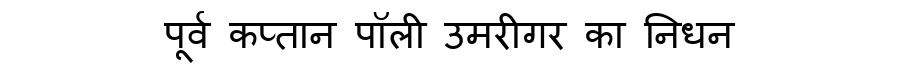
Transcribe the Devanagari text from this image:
पूर्व कप्तान पॉली उमरीगर का निधन